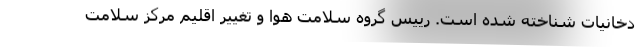
دخانیات شناخته شده است. رییس گروه سلامت هوا و تغییر اقلیم مرکز سلامت